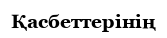
Қасбеттерінің